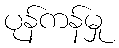
ပုန်ကန်မှု